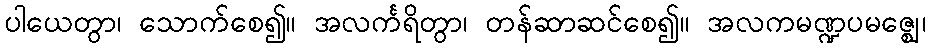
ပါယေတွာ၊ သောက်စေ၍။ အလင်္ကရိတွာ၊ တန်ဆာဆင်စေ၍။ အလကမဏ္ဍပမဇ္ဈေ၊